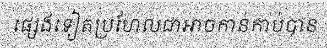
ផ្សេងទៀតប្រហែលជាអាចកាន់កាប់បាន